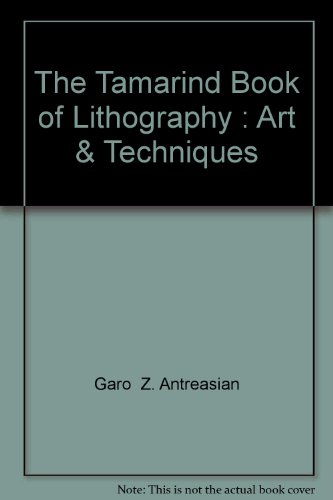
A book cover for The Tamarind Book of Lithography: Art and Techniques; Garo Z. Antreasian; Arts & Photography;